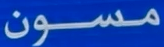
مسون